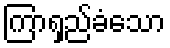
ကြာရှည်ခံသော